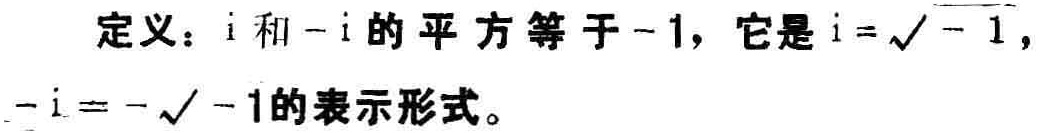
定义：$i$和$-i$的平方等于$-1$，它是$i = \sqrt{-1}$，$-i = -\sqrt{-1}$的表示形式。